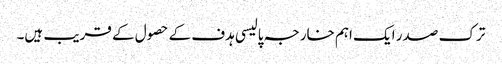
ترک صدر ایک اہم خارجہ پالیسی ہدف کے حصول کے قریب ہیں۔